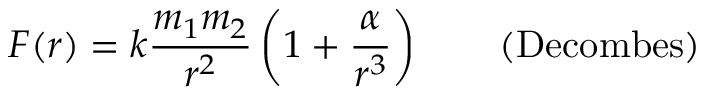
F ( r ) = k { \frac { m _ { 1 } m _ { 2 } } { r ^ { 2 } } } \left( 1 + { \frac { \alpha } { r ^ { 3 } } } \right) \qquad { \mathrm { ( D e c o m b e s ) } }